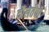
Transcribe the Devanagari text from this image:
दौलतेची